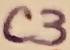
Text: C3